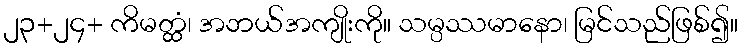
၂၃+၂၄+ ကိမတ္ထံ၊ အဘယ်အကျိုးကို။ သမ္ပဿမာနော၊ မြင်သည်ဖြစ်၍။